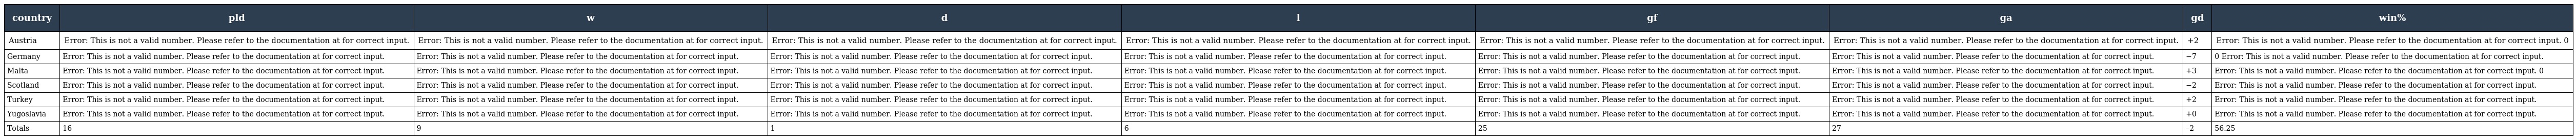
| country | pld | w | d | l | gf | ga | gd | win% |
 | --- | --- | --- | --- | --- | --- | --- | --- | --- |
 | Austria | Error: This is not a valid number. Please refer to the documentation at for correct input. | Error: This is not a valid number. Please refer to the documentation at for correct input. | Error: This is not a valid number. Please refer to the documentation at for correct input. | Error: This is not a valid number. Please refer to the documentation at for correct input. | Error: This is not a valid number. Please refer to the documentation at for correct input. | Error: This is not a valid number. Please refer to the documentation at for correct input. | +2 | Error: This is not a valid number. Please refer to the documentation at for correct input. 0 |
 | Germany | Error: This is not a valid number. Please refer to the documentation at for correct input. | Error: This is not a valid number. Please refer to the documentation at for correct input. | Error: This is not a valid number. Please refer to the documentation at for correct input. | Error: This is not a valid number. Please refer to the documentation at for correct input. | Error: This is not a valid number. Please refer to the documentation at for correct input. | Error: This is not a valid number. Please refer to the documentation at for correct input. | −7 | 0 Error: This is not a valid number. Please refer to the documentation at for correct input. |
 | Malta | Error: This is not a valid number. Please refer to the documentation at for correct input. | Error: This is not a valid number. Please refer to the documentation at for correct input. | Error: This is not a valid number. Please refer to the documentation at for correct input. | Error: This is not a valid number. Please refer to the documentation at for correct input. | Error: This is not a valid number. Please refer to the documentation at for correct input. | Error: This is not a valid number. Please refer to the documentation at for correct input. | +3 | Error: This is not a valid number. Please refer to the documentation at for correct input. 0 |
 | Scotland | Error: This is not a valid number. Please refer to the documentation at for correct input. | Error: This is not a valid number. Please refer to the documentation at for correct input. | Error: This is not a valid number. Please refer to the documentation at for correct input. | Error: This is not a valid number. Please refer to the documentation at for correct input. | Error: This is not a valid number. Please refer to the documentation at for correct input. | Error: This is not a valid number. Please refer to the documentation at for correct input. | −2 | Error: This is not a valid number. Please refer to the documentation at for correct input. |
 | Turkey | Error: This is not a valid number. Please refer to the documentation at for correct input. | Error: This is not a valid number. Please refer to the documentation at for correct input. | Error: This is not a valid number. Please refer to the documentation at for correct input. | Error: This is not a valid number. Please refer to the documentation at for correct input. | Error: This is not a valid number. Please refer to the documentation at for correct input. | Error: This is not a valid number. Please refer to the documentation at for correct input. | +2 | Error: This is not a valid number. Please refer to the documentation at for correct input. |
 | Yugoslavia | Error: This is not a valid number. Please refer to the documentation at for correct input. | Error: This is not a valid number. Please refer to the documentation at for correct input. | Error: This is not a valid number. Please refer to the documentation at for correct input. | Error: This is not a valid number. Please refer to the documentation at for correct input. | Error: This is not a valid number. Please refer to the documentation at for correct input. | Error: This is not a valid number. Please refer to the documentation at for correct input. | +0 | Error: This is not a valid number. Please refer to the documentation at for correct input. |
 | Totals | 16 | 9 | 1 | 6 | 25 | 27 | –2 | 56.25 |